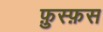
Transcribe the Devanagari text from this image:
फ़ुस्फ़स